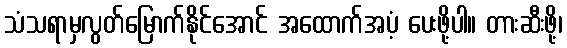
သံသရာမှလွတ်မြောက်နိုင်အောင် အထောက်အပံ့ ပေးဖို့ပါ။ တားဆီးဖို့၊